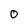
Character: 0